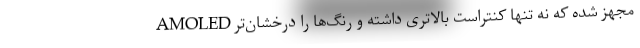
AMOLED مجهز شده که نه تنها کنتراست بالاتری داشته و رنگ‌ها را درخشان‌تر